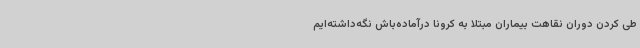
طی کردن دوران نقاهت بیماران مبتلا به کرونا درآماده‌باش نگه‌داشته‌ایم